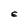
Character: E